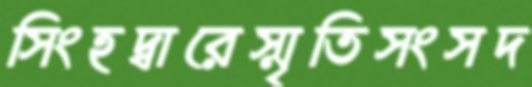
সিংহদ্বারেস্মৃতিসংসদ